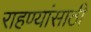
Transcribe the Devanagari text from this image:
राहण्यांसाठी